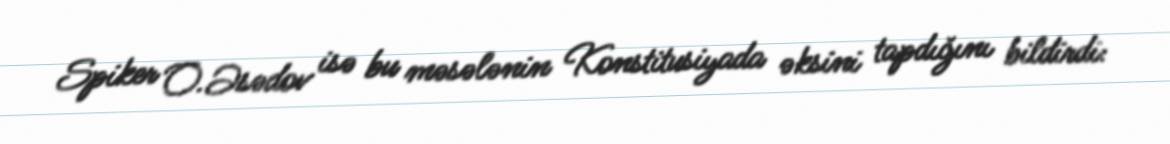
Spiker O.Əsədov isə bu məsələnin Konstitusiyada əksini tapdığını bildirdi: